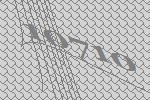
10710